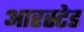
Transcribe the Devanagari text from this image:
आरस्टेड